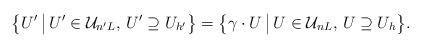
LaTeX: \begin{align*} \big\{ U' \,\big|\, U' \in \mathcal{U}_{n'L}, \, U' \supseteq U_{h'} \big\} = \big\{ \gamma \cdot U \,\big|\, U \in \mathcal{U}_{nL}, \, U \supseteq U_h \big\}. \end{align*}